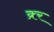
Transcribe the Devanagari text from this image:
क्र्र